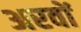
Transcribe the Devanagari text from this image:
अरवों